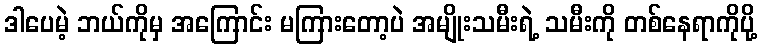
ဒါပေမဲ့ ဘယ်ကိုမှ အကြောင်း မကြားတော့ပဲ အမျိုးသမီးရဲ့ သမီးကို တစ်နေရာကိုပို့